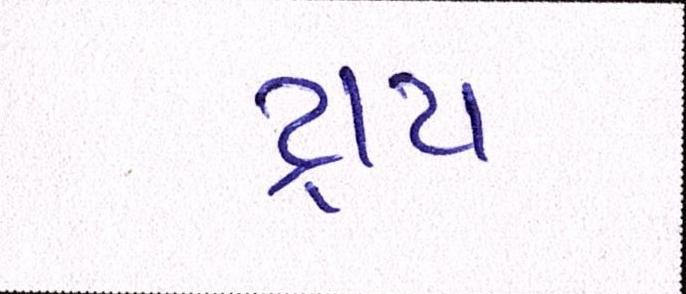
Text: ટ્રાય